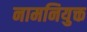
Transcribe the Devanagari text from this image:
नामनियुक्त